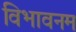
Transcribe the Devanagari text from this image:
विभावनम